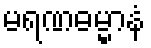
မရဏဓမ္မာနံ